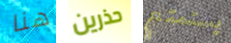
هنا حذرين يستمتع